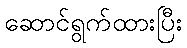
ဆောင်ရွက်ထားပြီး